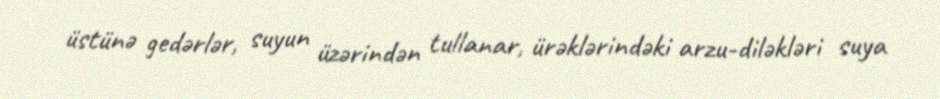
üstünə gedərlər, suyun üzərindən tullanar, ürəklərindəki arzu-diləkləri suya